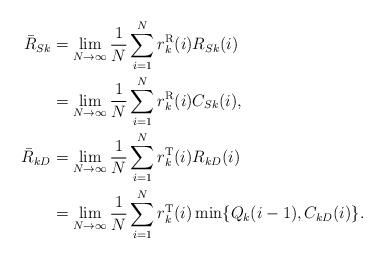
LaTeX: \begin{align*} \bar R_{Sk}&=\lim_{N\to\infty}\frac{1}{N}\sum_{i=1}^N r_k^{\rm R}(i) R_{Sk}(i)\\&=\lim_{N\to\infty}\frac{1}{N}\sum_{i=1}^N r_k^{\rm R}(i) C_{Sk}(i),\\ \bar R_{kD}&=\lim_{N\to\infty}\frac{1}{N}\sum_{i=1}^Nr_k^{\rm T}(i) R_{kD}(i)\\&=\lim_{N\to\infty}\frac{1}{N}\sum_{i=1}^N r_k^{\rm T}(i) \min\{Q_k(i-1),C_{kD}(i)\}. \end{align*}